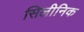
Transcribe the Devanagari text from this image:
सिलीनिक